Report on vaccination in the Province of Bengal - 1874-1889
Year: 1874
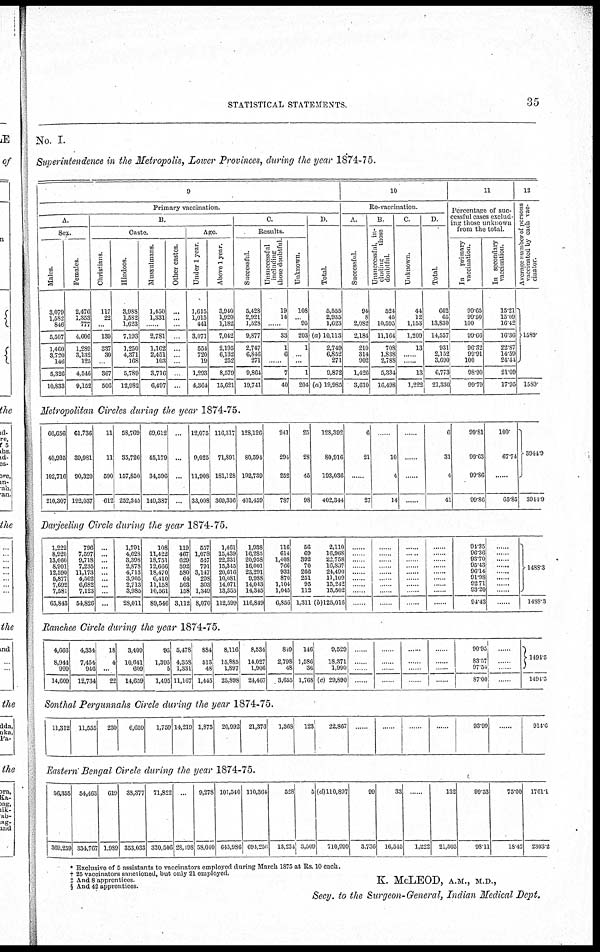
STATISTICAL STATEMENTS.
35
No. I.
Superintendence in the Metropolis, Lower Provinces, during the year 1874-75.
9
Primary vaccination.
A.
Sex.
Males.
3,079
1,582
846
5,507
1,460
8,720
140
5,326
10,833
Females.
2,476
1,353
777
4,606
1,289
3,132
125
4,546
9,152
B.
Caste.
Christians.
117
22
...
139
337
30
...
367
506
Hindoos.
3,988
1,582
1,623
7,193
1,250
4,371
168
5,789
12,982
Mussulmans.
1,450
1,331
...
2,781
1,162
2,451
103
3,716
6,497
Other castes.
...
...
...
...
...
...
...
...
...
Age.
Under 1 year
1,615
1,015
441
3,071
554
720
19
1,293
4,364
Above 1 year.
3,940
1,920
1,182
7,042
2,195
6,132
252
8,579
15,621
C.
Results.
Successful.
5,428
2,921
1,528
9,877
2,747
6,846
271
9,864
19,741
Unsuccessful
including
those doubtful.
19
14
...
33
1
6
...
7
40
Unknown.
108
... 95
203
1
...
...
1
204
D.
Total.
5,555
2,935
1,623
(a) 10,113
2,749
6,852
271
9,872
(a) 19,985
10
Re-vaccination.
A.
Successful.
94
8
2,082
2,184
210
314
902
1,426
3,610
B.
Unsuccessful, in-
cluding
those
doubtful
524
45
10,595
11,164
708
1,838
2,788
5,334
16,498
C.
Unknown.
44
12
1,153
1,209
13
...
...
13
1,222
D
Total.
662
65
13,830
14,557
931
2,152
3,690
6,773
21,330
11
Percentage of suc-
cessful cases exclud-
ing those unknown
from the total.
In
primary
vaccination.
99.65
99.50
100
99.66
96.32
99.91
100
98.90
99.79
In secondary
vaccination.
15.21
15.09
16.42
16.36
22.87
14.59
24.44
21.09
17.95
12
Average number of persons
vaccinated by each vac-
cinator.
1589
1589
Metropolitan Circles during the year 1874-75.
66,656
40,935
102,716
210,307
61,736
39,981
90,320
192,037
11
11
590
612
58,769
35,726
157,850
252,345
69,612
45,179
34,596
149,387
...
...
...
...
12,075
9,025
11,908
33,008
116,317
71,891
181,128
369,336
128,126
80,594
192,739
401,459
241
294
252
787
25
28
45
98
128,392
80,916
193,036
402,344
6
21
......
27
......
10
4
14
......
......
......
......
6
31
4
41
99.81
99.63
99.86
99.86
100.
67.74
......
65.85
3944.9
3944.9
Darjeeling Circle during the year 1874-75.
1,222
8,920
13,060
8,901
12,590
5,877
7,692
7,581
65,843
796
7,597
9,718
7,235
11,173
4,502
6,682
7,123
54,826
...
...
...
...
...
...
...
...
...
1,791
4,628
3,398
2,878
4,713
3,905
2,713
3,985
28,011
108
11,422
18,751
12,666
18,470
6,410
11,158
10,561
89,546
119
467
629
592
580
64
503
158
3,112
557
1,078
547
791
3,147
298
303
1,349
8,070
1,461
15,439
22,231
15,345
20,616
10,081
14,071
13,355
112,599
1,938
16,285
20,958
16,001
23,291
9,988
14,043
14,345
116,849
116
614
1,408
766
933
870
1,104
1,045
6,856
56
69
392
70
266
251
95
112
1,311
2,110
16,968
22,758
16,807
24,490
11,109
15,242
15,502
(b)125,016
......
......
......
......
......
......
......
......
......
......
......
......
......
......
......
......
......
......
......
......
......
......
......
......
......
......
......
......
......
......
......
......
......
......
......
......
94.35
96.36
93.70
95.43
96.14
91.98
92.71
93.20
94.43
......
......
......
......
......
......
......
......
......
1488.3
1488.3
Ranchee Circle during the year 1874-75.
4,666
8,944
990
14,609
4,334
7,454
946
12,734
18
4
...
22
3,409
10,641
609
14,659
95
1,395
5
1,495
5,478
4,358
1,331
11,167
884
513
48
1,445
8,116
15,885
1,897
25,898
8,534
14,027
1,906
24,467
849
2,798
48
3,655
146
1,586
36
1,768
9,529
18,371
1,990
(c) 29,890
......
......
......
......
......
......
......
......
......
......
......
......
......
......
......
......
90.95
83.57
97.51
87.00
......
......
......
......
1491.5
1494.5
Sonthal Pergunnahs Circle during the year 1874-75.
11,312 11,555
230
6,659
1,759 14,219 1,875
20,992 21,376
1,368
123
22,867
......
......
......
......
93.99
......
914.6
Eastern Bengal Circle during the year 1874-75.
56,355
369,259
54,463
334,767
619
1,989
38,377
353,033
71,822
320,506
...
23,198
9,278
58,040
101,540
645,986
110,364
694,256
528
13,234
5
3,509
(d)110,897
710,999
99
3,736
33
16,545
......
1,222
132
21,503
99.53
97.11
75.00
18.42
1761.1
2303.2
* Exclusive of 5 assistants to vaccinators employed during March 1875 at Rs 10 each
† 25 vaccinators sanctioned, but only 21 employed.
‡ And 8 apprentices.
§ And 42 apprentices.
K. McLEOD, A.M., M.D.,
Secy, to the Surgeon-General, Indian Medical Dept.